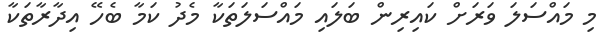
މި މައްސަލަ ވަރަށް ކައިރިން ބަލައި މައްސަލަތަކާ މެދު ކަމާ ބެހޭ އިދާރާތަކާ